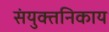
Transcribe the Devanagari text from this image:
संयुक्तनिकाय